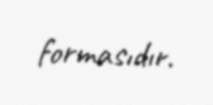
formasıdır.